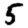
Digit: 5